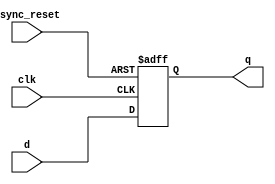
// Simple D flip-flop
// Bruce Macinnon 28-May-2024
// Tiny Tapeout 7
//
module dflipflop(d, clk, async_reset, q);
  
  input d, clk, async_reset;
  output reg q;

  always @(posedge clk or negedge async_reset) 
  begin
    if (async_reset == 0)
      q <= 0;
    else 
      q <= d; 
  end 

endmodule // dflipflop